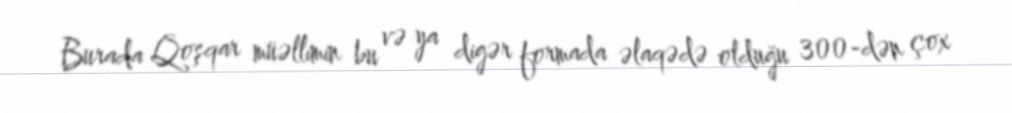
Burada Qoşqar müəllimin bu və ya digər formada əlaqədə olduğu 300-dən çox